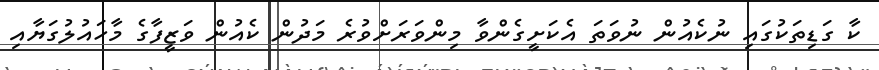
ކާ ގަޑިތަކުގައި ނުކެއުން ނުވަތަ އެކަށީގެންވާ މިންވަރަށްވުރެ މަދުން ކެއުން ވަޒީފާގެ މާހައުލުގަޔާއި